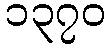
၁၃၇၀